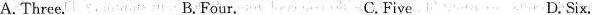
A.Three. B.Four. C. Five D. Six.